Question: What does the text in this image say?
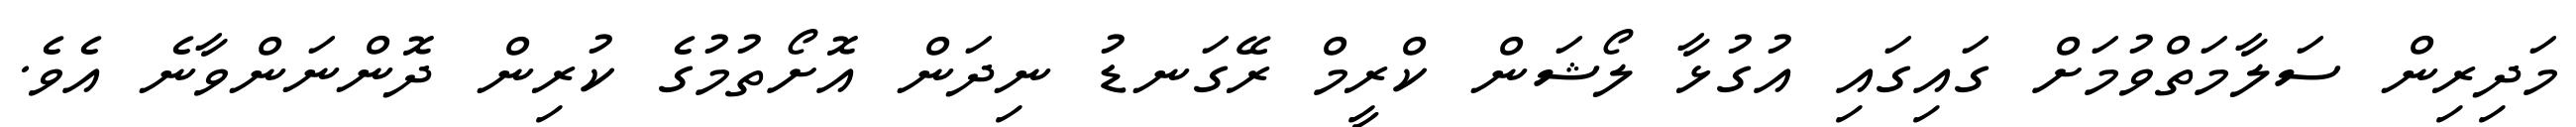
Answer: މަދިރިން ސަލާމަތްވުމަށް ގައިގައި އުގުޅާ ލޯޝަން ކްރީމް ރޭގަނޑު ނިދަން އޮށޯތުމުގެ ކުރިން ދޮންނަންވާނެ އެވެ.